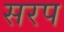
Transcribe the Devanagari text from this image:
सरप